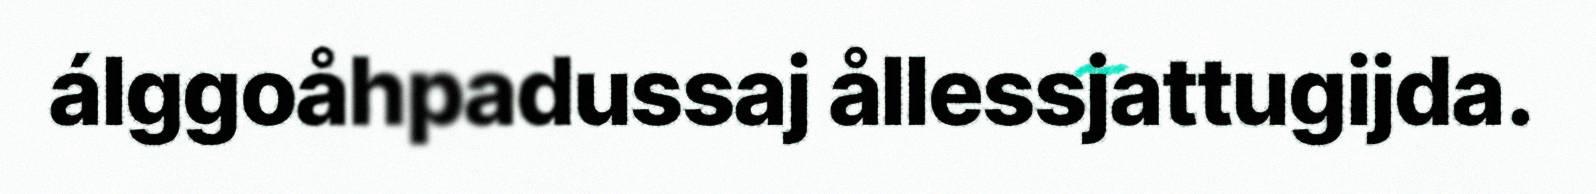
álggoåhpadussaj ållessjattugijda.